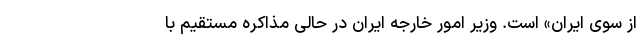
از سوی ایران» است. وزیر امور خارجه ایران در حالی مذاکره مستقیم با